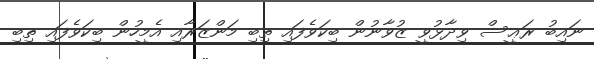
ނައިބު ރަޢީސް ވިދާޅުވީ ޒުވާނުން ބިކަވެފައި ތިބި މަންޒަރާއި އެމީހުން ބިކަވެފައި ތިބި